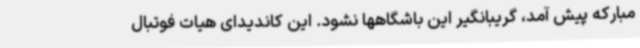
مبارکه پیش آمد، گریبانگیر این باشگاهها نشود. این کاندیدای هیات فوتبال